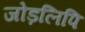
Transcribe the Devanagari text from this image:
जोड़लिपि